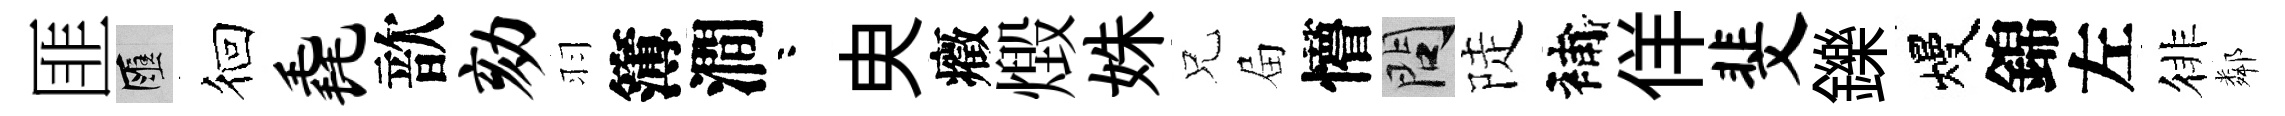
匪匯徊毳歆劾羽簿澗咯㬰癥燬姝兄屇懵問陡補佯斐鑠熳錦左徘鄰